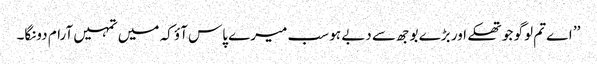
’’ اے تم لوگو جو تھکے اور بڑے بوجھ سے دبے ہو سب میرے پاس آؤ کہ میں تمہیں آرام دونگا۔